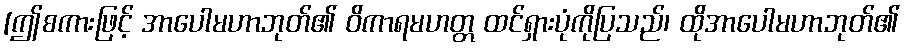
[ဤစကားဖြင့် အာပေါမဟာဘုတ်၏ ဝိကာရမဟတ္တ ထင်ရှားပုံကိုပြသည်၊ ထိုအာပေါမဟာဘုတ်၏